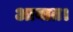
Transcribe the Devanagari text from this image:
आयात।